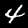
Digit: 4